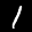
Label: 1